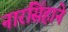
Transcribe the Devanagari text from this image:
नारसिंहाने